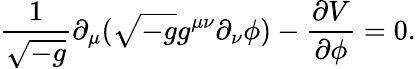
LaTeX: \frac{1}{\sqrt{-g}}\partial_{\mu}(\sqrt{-g}g^{\mu\nu}\partial_{\nu}\phi)-\frac{\partial V}{\partial\phi}=0.